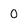
Character: O